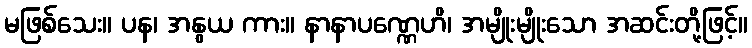
မဖြစ်သေး။ ပန၊ အနွယ ကား။ နာနာပဏ္ဏေဟိ၊ အမျိုးမျိုးသော အဆင်းတို့ဖြင့်။